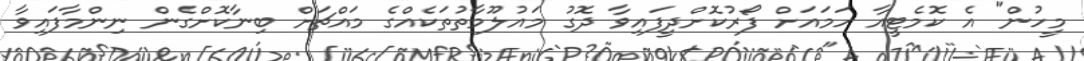
މީހުން" އެ ކޮމެޓީއާ ހަމައަށް ފޯރުކޮށްދީފައިވާ ދޮގު މައުލޫމާތުތަކެއްގެ މައްޗަށް ބިނާކޮށްގެން ނިންމާފައިވާ